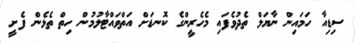
ސިޑިއާ ހަމައިން ނާޔަލް ތެދުވެފައި މެހެރީންގެ ކޮނޑަށް އަތްވައްޓާލުމުން ހިތް ތެޅެން ފެށީ